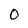
Character: 0